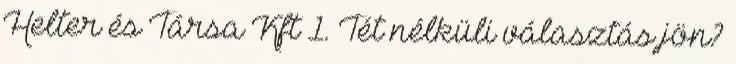
Helter és Társa Kft 1. Tét nélküli választás jön?